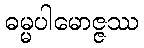
ဓမ္မပါမောဇ္ဇဿ